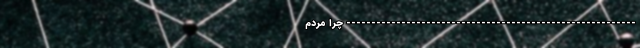
---------------------------------------------------------- چرا مردم